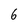
Character: 6